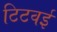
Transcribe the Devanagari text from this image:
टिटवई